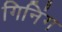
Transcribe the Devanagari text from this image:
गिनिंग